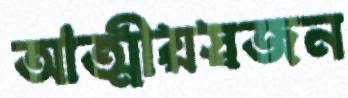
আত্মীয়স্বজন